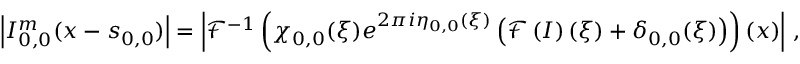
\left\vert I _ { 0 , 0 } ^ { m } ( \boldsymbol { x } - \boldsymbol { s } _ { 0 , 0 } ) \right\vert = \left\vert \mathcal { F } ^ { - 1 } \left( \chi _ { 0 , 0 } ( \boldsymbol { \xi } ) e ^ { 2 \pi i \eta _ { 0 , 0 } ( \boldsymbol { \xi } ) } \left( \mathcal { F } \left( I \right) ( \boldsymbol { \xi } ) + \delta _ { 0 , 0 } ( \boldsymbol { \xi } ) \right) \right) ( \boldsymbol { x } ) \right\vert \, ,